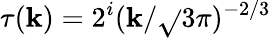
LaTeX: \tau(\mathbf{k})=2^{i}(\mathbf{k}/\sqrt{}{{3}}\pi)^{-2/3}